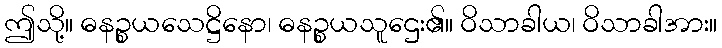
ဤသို့။ ဓနဉ္စယသေဋ္ဌိနော၊ ဓနဉ္စယသူဌေး၏။ ဝိသာခါယ၊ ဝိသာခါအား။